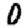
Digit: 0